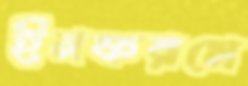
ইনফরমে